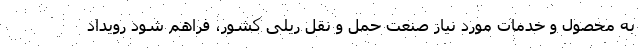
به محصول و خدمات مورد نیاز صنعت حمل و نقل ریلی کشور، فراهم شود رویداد